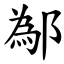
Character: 鄬